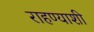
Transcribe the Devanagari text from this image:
राहण्याशी